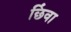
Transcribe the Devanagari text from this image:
छिंवा